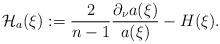
LaTeX: \begin{align*}{\mathcal H_a(\xi)}:= {2\over n-1}{\partial_\nu a(\xi) \over a(\xi)}- H(\xi) .\end{align*}